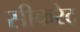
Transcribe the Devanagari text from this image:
सीकरेट्